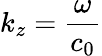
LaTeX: k_{z}=\frac{\omega}{c_{0}}